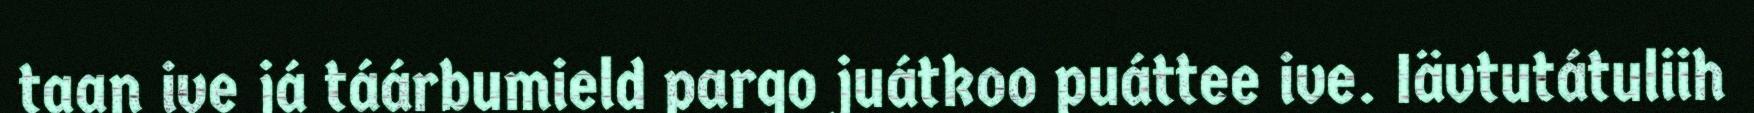
taan ive já táárbumield pargo juátkoo puáttee ive. Iävtutátuliih